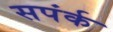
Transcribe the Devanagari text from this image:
सपंर्क